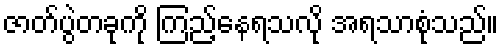
ဇာတ်ပွဲတခုကို ကြည့်နေရသလို အရသာစုံသည်။